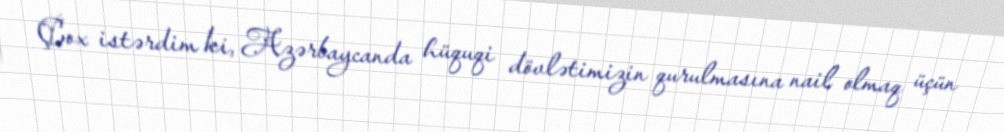
Çox istərdim ki, Azərbaycanda hüquqi dövlətimizin qurulmasına nail olmaq üçün